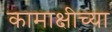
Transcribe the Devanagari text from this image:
कामाक्षीच्या